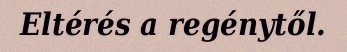
Eltérés a regénytől.